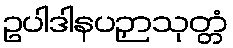
ဥပါဒါနပဉှာသုတ္တံ